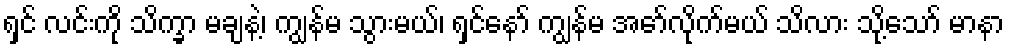
ရှင် လင်းကို သိက္ခာ မချနဲ့၊ ကျွန်မ သွားမယ်၊ ရှင်နော် ကျွန်မ အော်လိုက်မယ် သိလား သို့သော် မာနာ